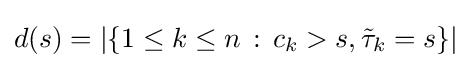
d(s)=|\{1\leq k\leq n\,:\,c_{k}>s,{\tilde {\tau }}_{k}=s\}|